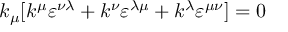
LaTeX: k _ { \mu } [ k ^ { \mu } \varepsilon ^ { \nu \lambda } + k ^ { \nu } \varepsilon ^ { \lambda \mu } + k ^ { \lambda } \varepsilon ^ { \mu \nu } ] = 0